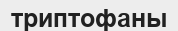
триптофаны